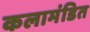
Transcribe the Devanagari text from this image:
कलामंडित